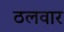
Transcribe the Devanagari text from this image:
ठलवार